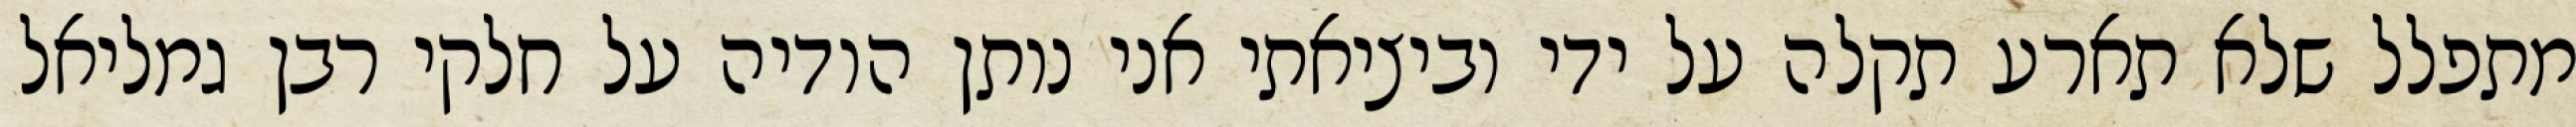
מתפלל שלא תארע תקלה על ידי וביציאתי אני נותן הודיה על חלקי רבן גמליאל